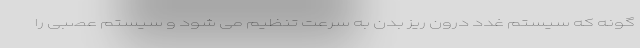
گونه که سیستم غدد درون ریز بدن به سرعت تنظیم می شود و سیستم عصبی را